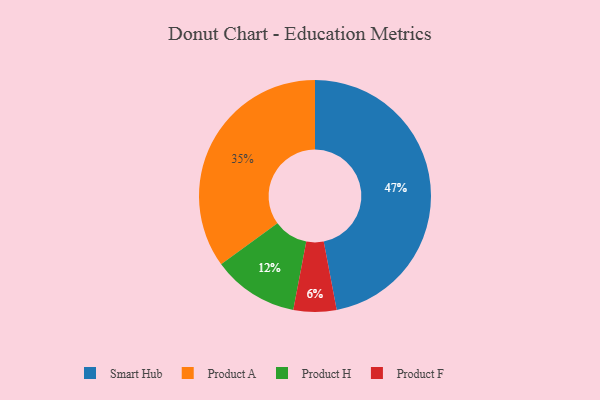
{"axis": {"x": "Category", "y": "Percentage"}, "legend": ["Product A", "Product F", "Product H", "Smart Hub"], "data": [{"x": "Product F", "y": 6, "type": "Product F"}, {"x": "Product H", "y": 12, "type": "Product H"}, {"x": "Product A", "y": 35, "type": "Product A"}, {"x": "Smart Hub", "y": 47, "type": "Smart Hub"}]}